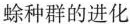
蜍种群的进化